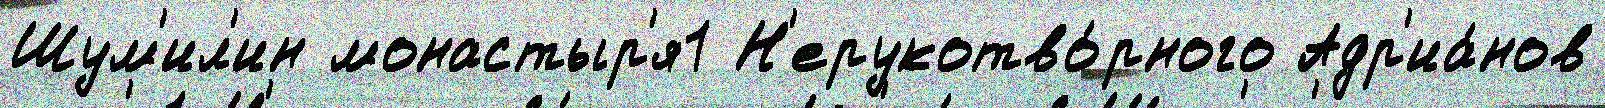
Шум'ил'ин монастыр'я1 Н'ерукотво́рного Адр'иа́нов